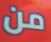
من